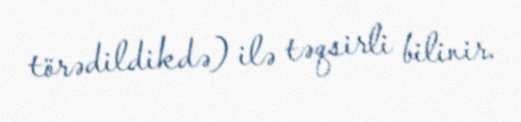
törədildikdə) ilə təqsirli bilinir.